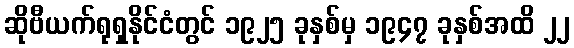
ဆိုဗီယက်ရုရှနိုင်ငံတွင် ၁၉၂၅ ခုနှစ်မှ ၁၉၄၇ ခုနှစ်အထိ ၂၂